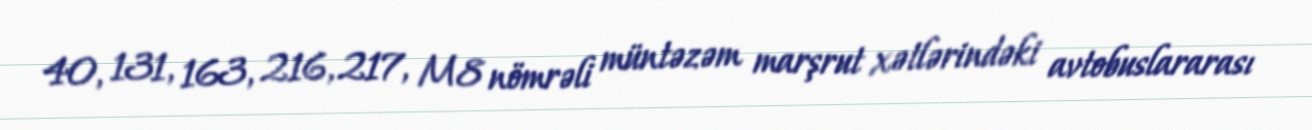
40, 131, 163, 216, 217, M8 nömrəli müntəzəm marşrut xətlərindəki avtobuslararası